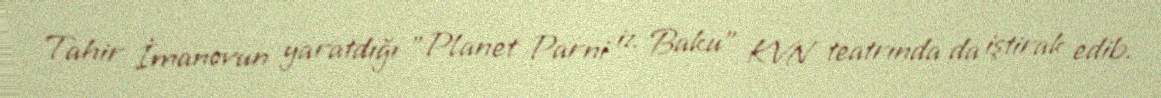
Tahir İmanovun yaratdığı "Planet Parni iz Baku" KVN teatrında da iştirak edib.